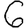
Digit: 6